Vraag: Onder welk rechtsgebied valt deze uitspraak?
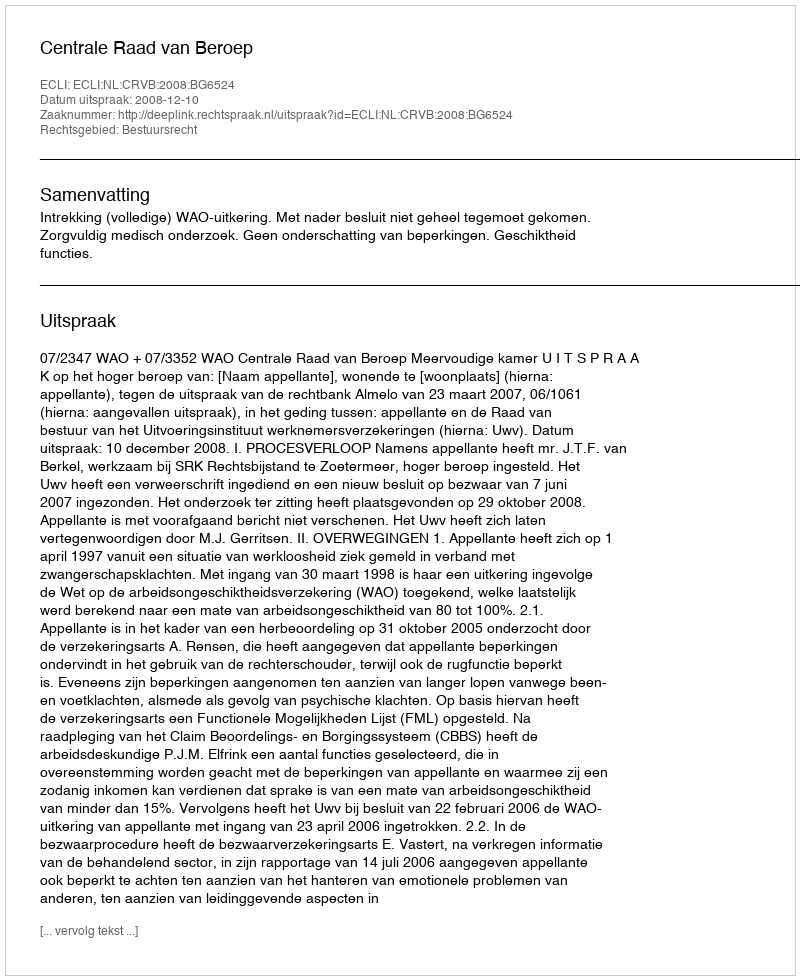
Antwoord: Bestuursrecht